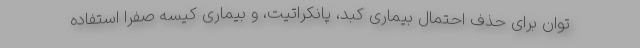
توان برای حذف احتمال بیماری کبد، پانکراتیت، و بیماری کیسه صفرا استفاده